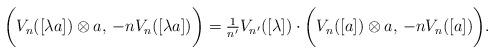
LaTeX: \begin{align*}\bigg(V_n([\lambda a])\otimes a, \,- n V_n([\lambda a])\bigg) = \tfrac{1}{n'} V_{n'}([\lambda])\cdot \bigg(V_n([a])\otimes a,\, - n V_n([a])\bigg).\end{align*}